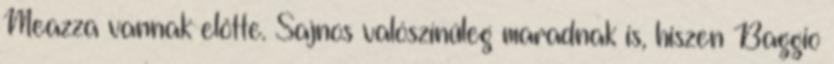
Meazza vannak előtte. Sajnos valószínűleg maradnak is, hiszen Baggio